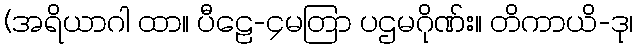
(အရိယာဂါ ထာ။ ပီဠေ-၄မတြာ ပဌမဂိုဏ်း။ တိကာယိ-ဒု၊